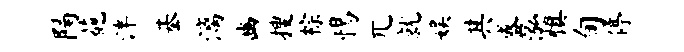
隔葩泮基漓豳搜棕惕兀就娱其盛泓慎旬停